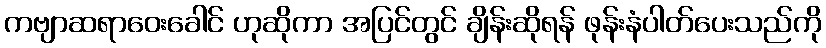
ကဗျာဆရာဝေးခေါင် ဟုဆိုကာ အပြင်တွင် ချိန်းဆိုရန် ဖုန်းနံပါတ်ပေးသည်ကို